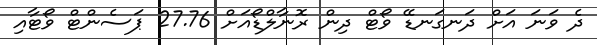
ދެ ވަނަ އަށް ދަނގަނޑޭ ވޯޓް ދިން ރޮނާލްޑޯއަށް 27.76 ޕަސެންޓް ވޯޓާއި